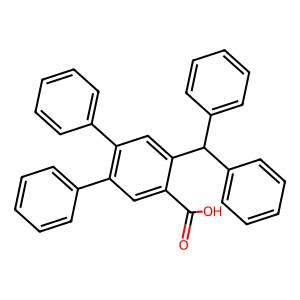
SMILES: O=C(O)c1cc(-c2ccccc2)c(-c2ccccc2)cc1C(c1ccccc1)c1ccccc1
Inhibits HIV replication: No